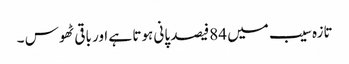
تازہ سیب میں 84فیصد پانی ہوتا ہے اور باقی ٹھوس ۔